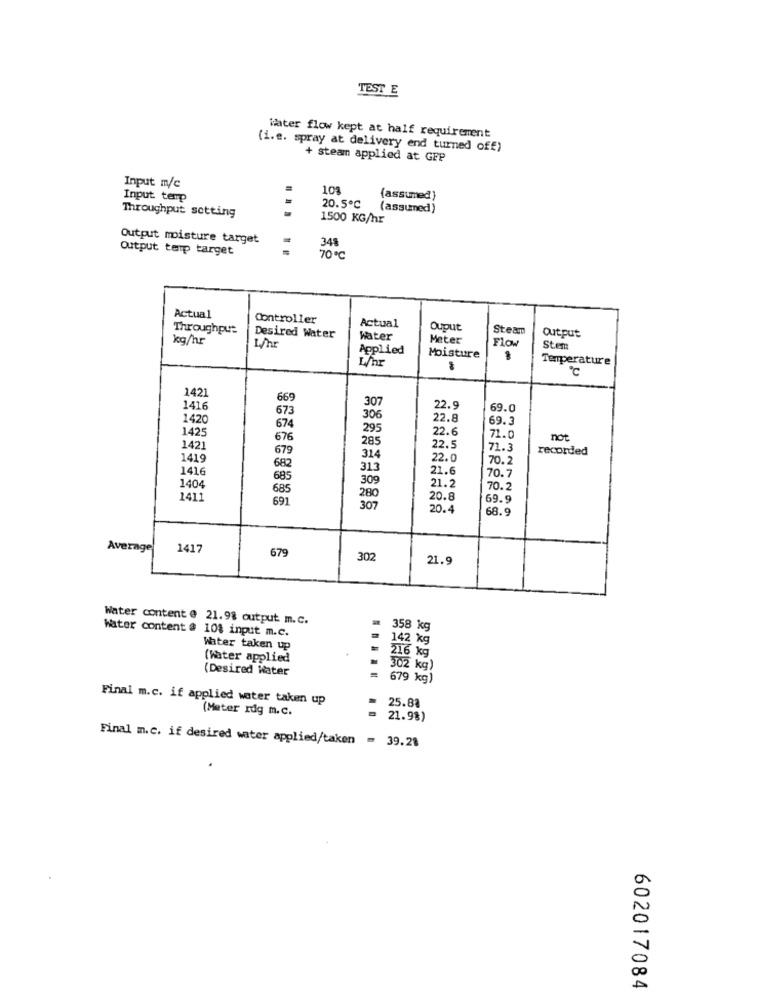
TEST E
Water flow kept at half requirement
(i.e. spray at delivery end turned off)
+ steam applied at GFP
Input m/c
10%
Input temp
20.5℃
(assumed}
Throughput setting
(assumned)
1500 KG/hr
Output moisture target
348
Output terp target
70℃
Actual
Controller
Actual
Throughput
Ouput
Steam
kg/hr
Desired Water
Water
Meter
Flow
Output
Applied
Stem
L/hr
Moisture
Temperature
1421
669
307
1416
673
22.9
69.0
1420
306
22.8
69.3
1425
674
295
22.6
676
285
71.0
not
1421
679
22.5
71.3
recorded
1419
314
22.0
70.
1416
682
313
21.6
685
309
70.7
1404
685
21.2
70.2
1411
691
280
20.8
69.9
307
20.4
68.9
Average
1417
679
302
21.9
Water content e 21.98 output m.c.
Water content @ 10$ input m.c.
358 kg
= 142 kg
Water taken up
216 kg
(Water applied
(Desired Water
302 kg)
= 679 kg)
Final m.c. if applied water taken up
(Meter rdg m.c.
25.88
= 21.98)
Final m.c. if desired water applied/taken = 39.21
602017084